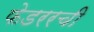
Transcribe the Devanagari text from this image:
फेडररची